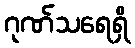
ဂုဏ်သရေရှိ